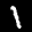
Label: 1